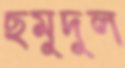
ছমুদুল